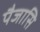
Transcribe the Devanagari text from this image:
पैजासि